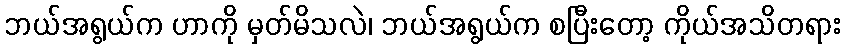
ဘယ်အရွယ်က ဟာကို မှတ်မိသလဲ၊ ဘယ်အရွယ်က စပြီးတော့ ကိုယ်အသိတရား